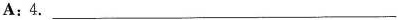
A:4.___